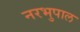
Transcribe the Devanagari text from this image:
नरभुपाल